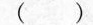
( )